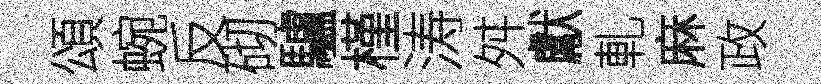
頌蜿反砌驢槿涛舛獻軋麻政